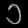
Digit: ၁